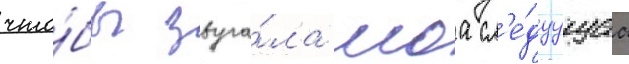
что́бы звуча́ла моа сл'е́дуущаа